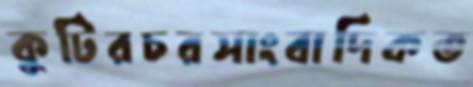
কুটিরচরসাংবাদিকত